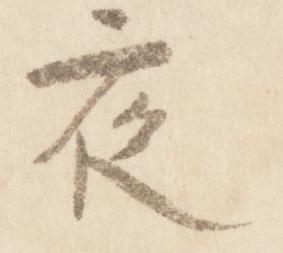
夜